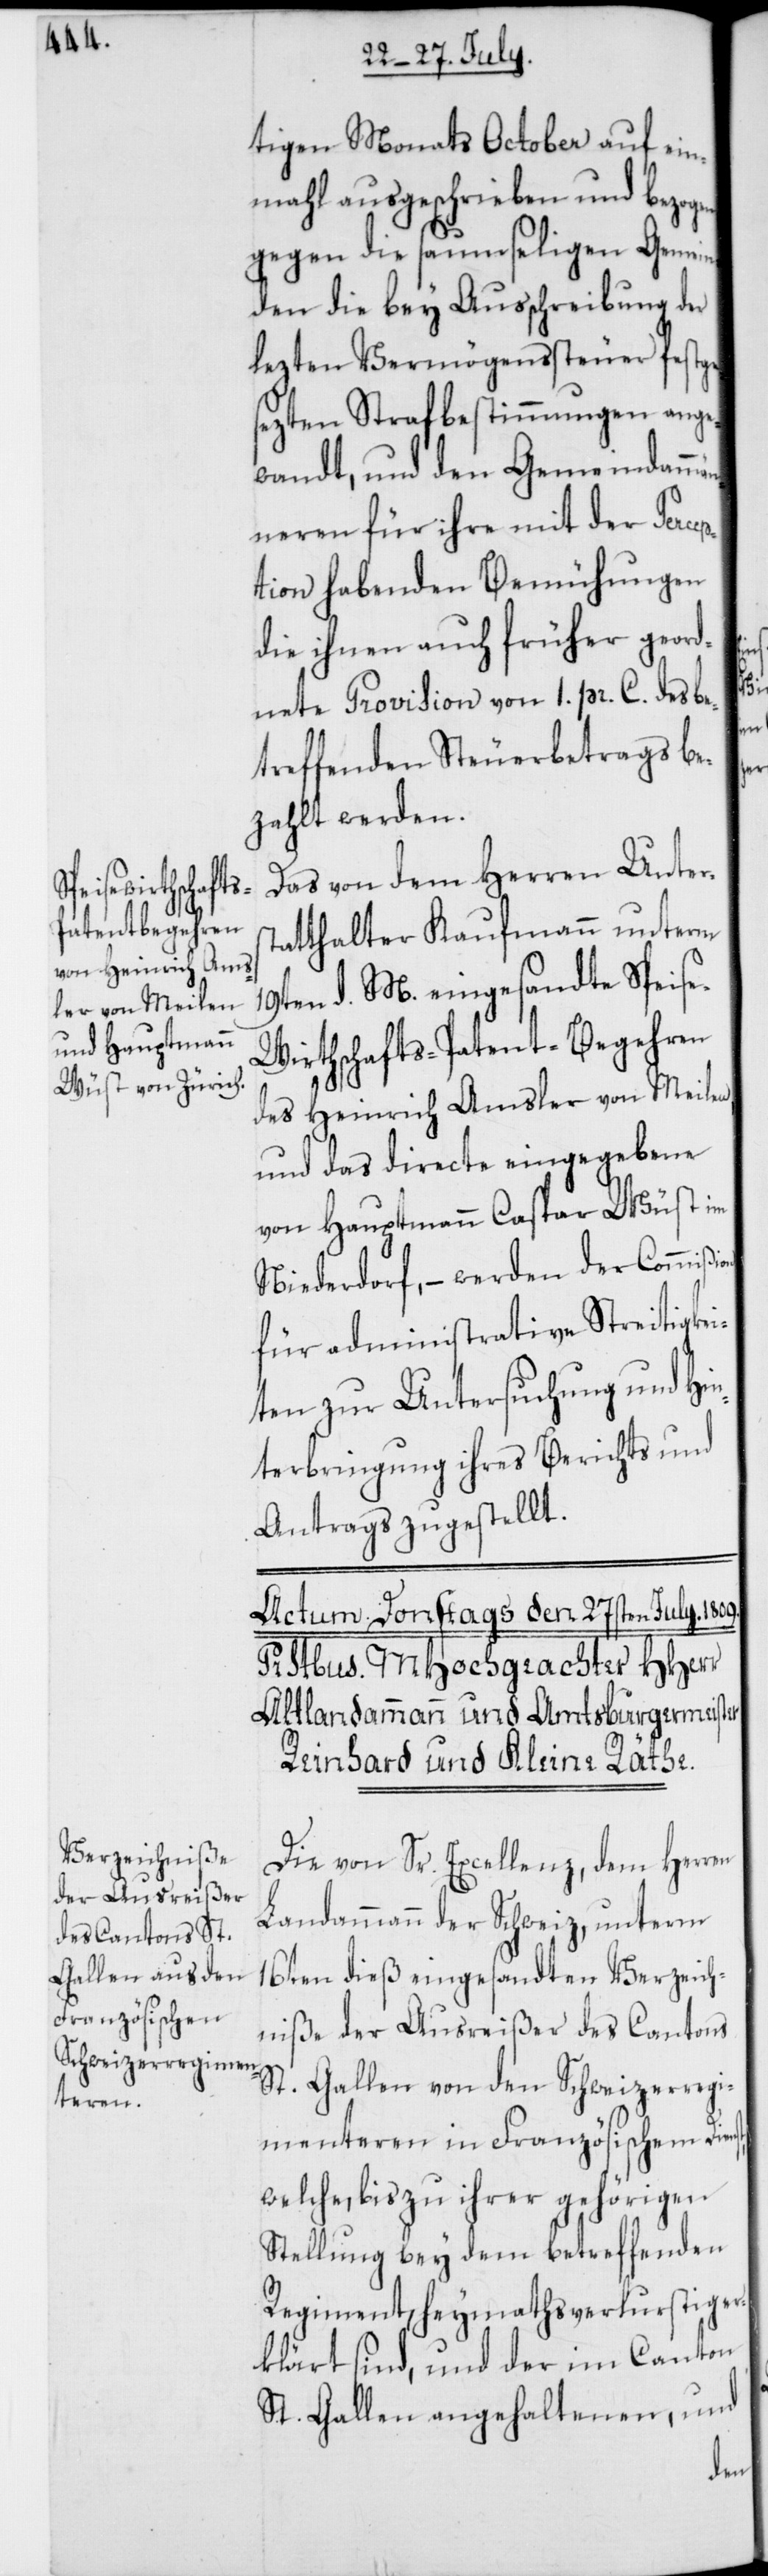
tigen Monats October auf ein¬
mahl ausgeschrieben und bezog¬
gegen die saumseligen Gemei¬
nden die bey Ausschreibung der
lezten Vermögenssteuer festge¬
sezten Strafbestimmungen ange¬
wandt, und den Gemeindammä¬
nneren für ihre mit der Percep¬
tion habenden Bemühungen
die ihnen auch früher geord¬
nete Provision von 1. pr. C. des be¬
treffenden Steuerbetrags be¬
zahlt werden.
Das von dem Herren Unter¬
tatthalter Kaufmann unterm
19ten d. M. eingesandte Speis¬
irthschafts-Patent-Begehren
des Heinrich Amsler von Meilen,
und das directe eingegebene
von Hauptmann Caspar Wüst im
Niederdorf, – werden der Commißion
für administrative Streitigkei¬
ten zur Untersuchung und Hin¬
terbringung ihres Berichts und
Antrags zugestellt.
Die von Sr. Excellenz, dem Herren
Landammann der Schweiz, unterm
16ten dieß eingesandten Verzeich¬
niße der Ausreißer des Cantons
St. Gallen von den Schweizerregi¬
menteren in Französischem Dien¬
welche, bis zu ihrer gehörigen
Stellung bey dem betreffenden
Regiment, heymathsverlustig er¬
klärt sind, und der im Canton
St. Gallen angehaltenen, und
en,

st,